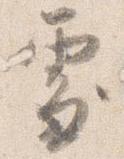
処